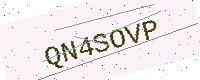
Text: QN4SOVP